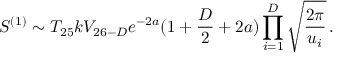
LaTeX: { \cal S } ^ { ( 1 ) } \sim T _ { 2 5 } k V _ { 2 6 - D } e ^ { - 2 a } ( 1 + \frac { D } { 2 } + 2 a ) \prod _ { i = 1 } ^ { D } \sqrt { \frac { 2 \pi } { u _ { i } } } \, .